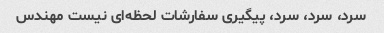
سرد، سرد، سرد، پیگیری سفارشات لحظه‌ای نیست مهندس